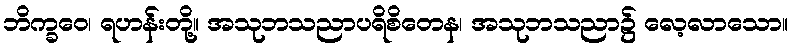
ဘိက္ခဝေ၊ ရဟန်းတို့။ အသုဘသညာပရိစိတေန၊ အသုဘသညာ၌ လေ့လာသော။